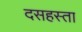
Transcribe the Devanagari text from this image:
दसहस्ता